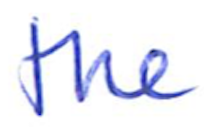
Text: the
Cross-out: clean
Writing tool: ballpoint